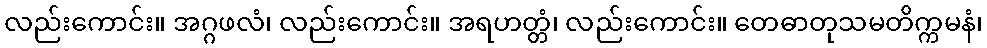
လည်းကောင်း။ အဂ္ဂဖလံ၊ လည်းကောင်း။ အရဟတ္တံ၊ လည်းကောင်း။ တေဓာတုသမတိက္ကမနံ၊